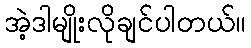
အဲ့ဒါမျိုးလိုချင်ပါတယ်။